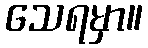
သေရမှာ။